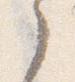
之